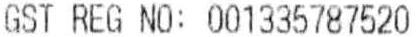
GST REG NO: 001335787520